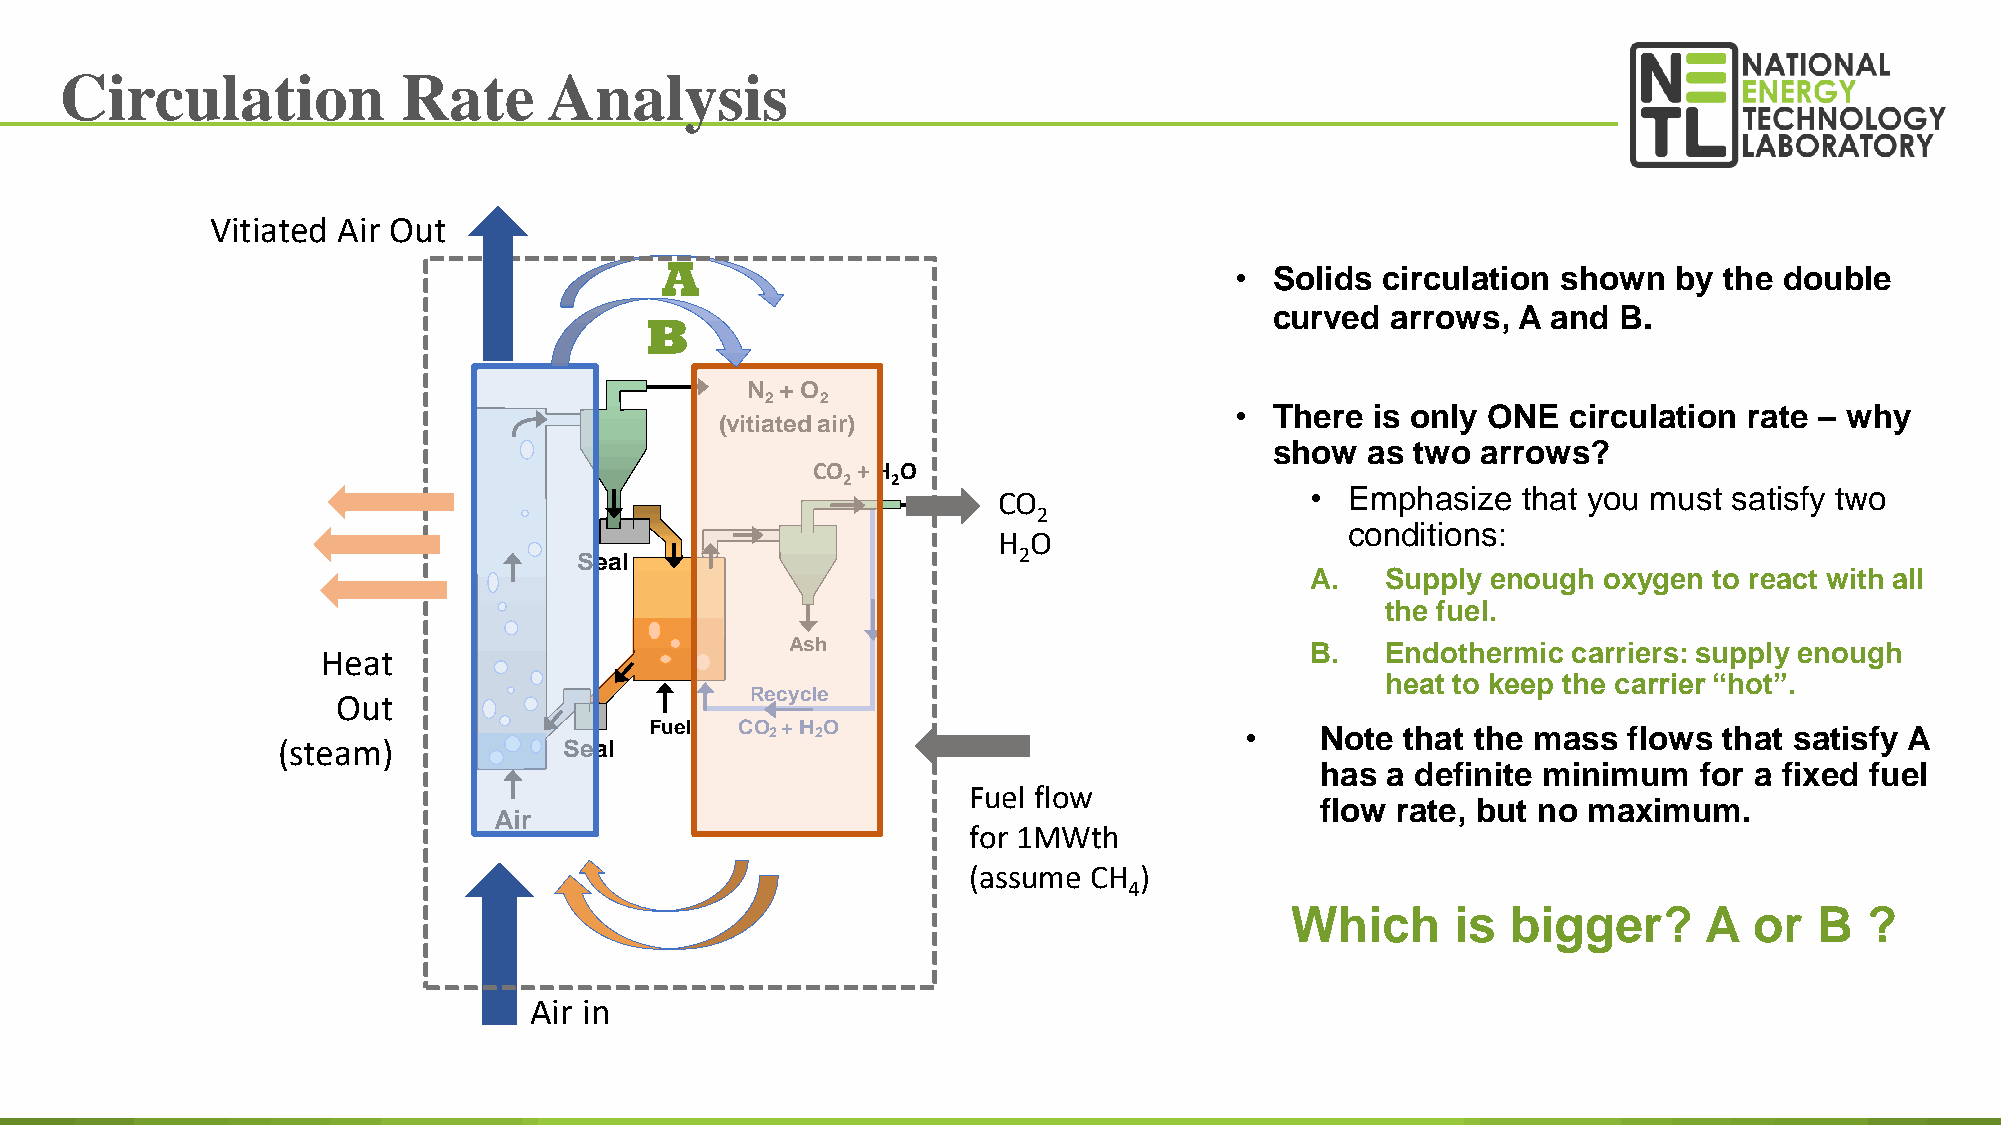
Circulation            Rate     Analysis
 Vitiated Air Out
 A
 • Solids circulation shown   by the double
 curved  arrows, A  and B.
 B
 N  + O
 2  2
 • There  is only ONE  circulation rate – why
 (vitiated air)
 show  as  two arrows?
 CO + H O
 2  2
 CO                   • Emphasize   that you must satisfy two
 CO + H O
 2 2 2
 conditions:
 H O
 Seal                         2
 A.   Supply enough oxygen to react with all
 the fuel.
 Ash                                B.   Endothermic carriers: supply enough
 Heat
 heat to keep the carrier “hot”.
 Recycle
 Out
 Fuel  CO 2+ H 2O                       •    Note  that the mass  flows that satisfy A
 (steam)            Seal
 has  a definite minimum   for a fixed fuel
 Fuel flow
 flow rate, but no maximum.
 Air
 for 1MWth
 (assume CH )
 4
 Which      is  bigger?      A  or  B   ?
 Air in
 38